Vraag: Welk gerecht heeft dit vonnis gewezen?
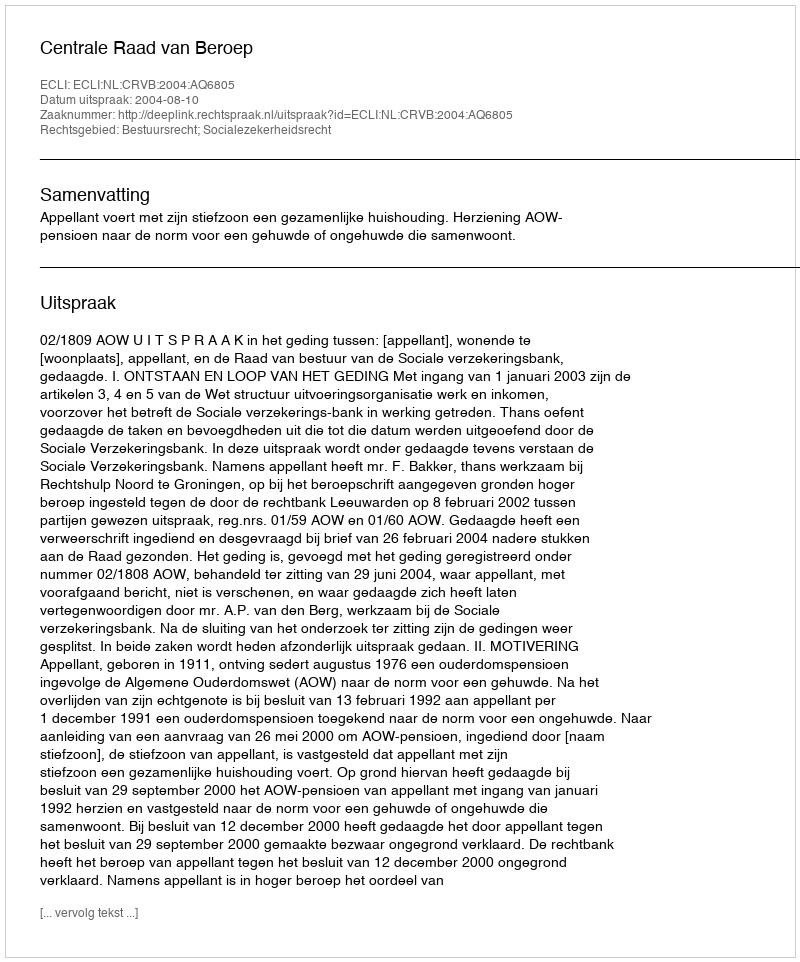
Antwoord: Centrale Raad van Beroep